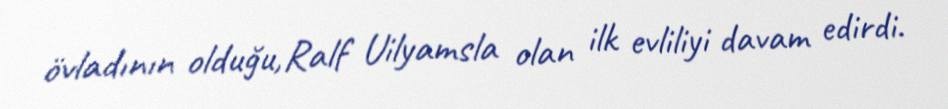
övladının olduğu,Ralf Uilyamsla olan ilk evliliyi davam edirdi.